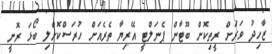
ޒާހިދު ވަރަށް ރީތިކޮށް ބޫޓާން ޕެނަލްޓީ އޭރިޔާ ތެރެއަށް ހުރަސްކޮށްލި ބޯޅަ ރޮނީ